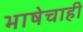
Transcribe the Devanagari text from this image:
भाषेचाही